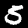
Label: 5